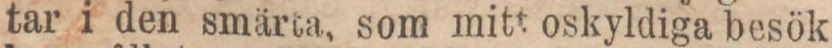
tar i den smärta, som mitt oskyldiga besök